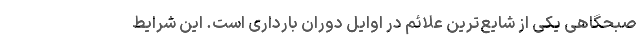
صبحگاهی یکی از شایع‌ترین علائم در اوایل دوران بارداری است. این شرایط